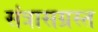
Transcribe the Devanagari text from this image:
संत्रासग्रस्त